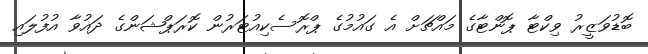
ބޮޑުވަޒީރު ވިކްޓާ ޕޮންޓާގެ މައްޗަށް އެ ގައުމުގެ ޕްރޮސެކިއުޓަރުން ކޮރަޕްޝަންގެ ދައުވާ އުފުލައި